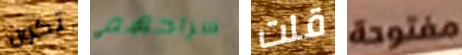
تكون سراحهم قلت مفتوحة